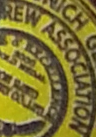
REW ASSOCIATION